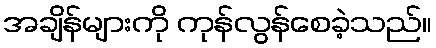
အချိန်များကို ကုန်လွန်စေခဲ့သည်။